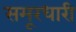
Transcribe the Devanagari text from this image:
समूरधारी